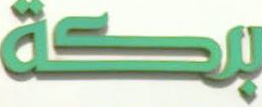
بكة